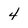
Character: 4